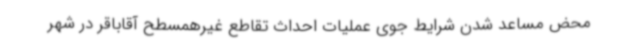
محض مساعد شدن شرایط جوی عملیات احداث تقاطع غیرهمسطح آقاباقر در شهر